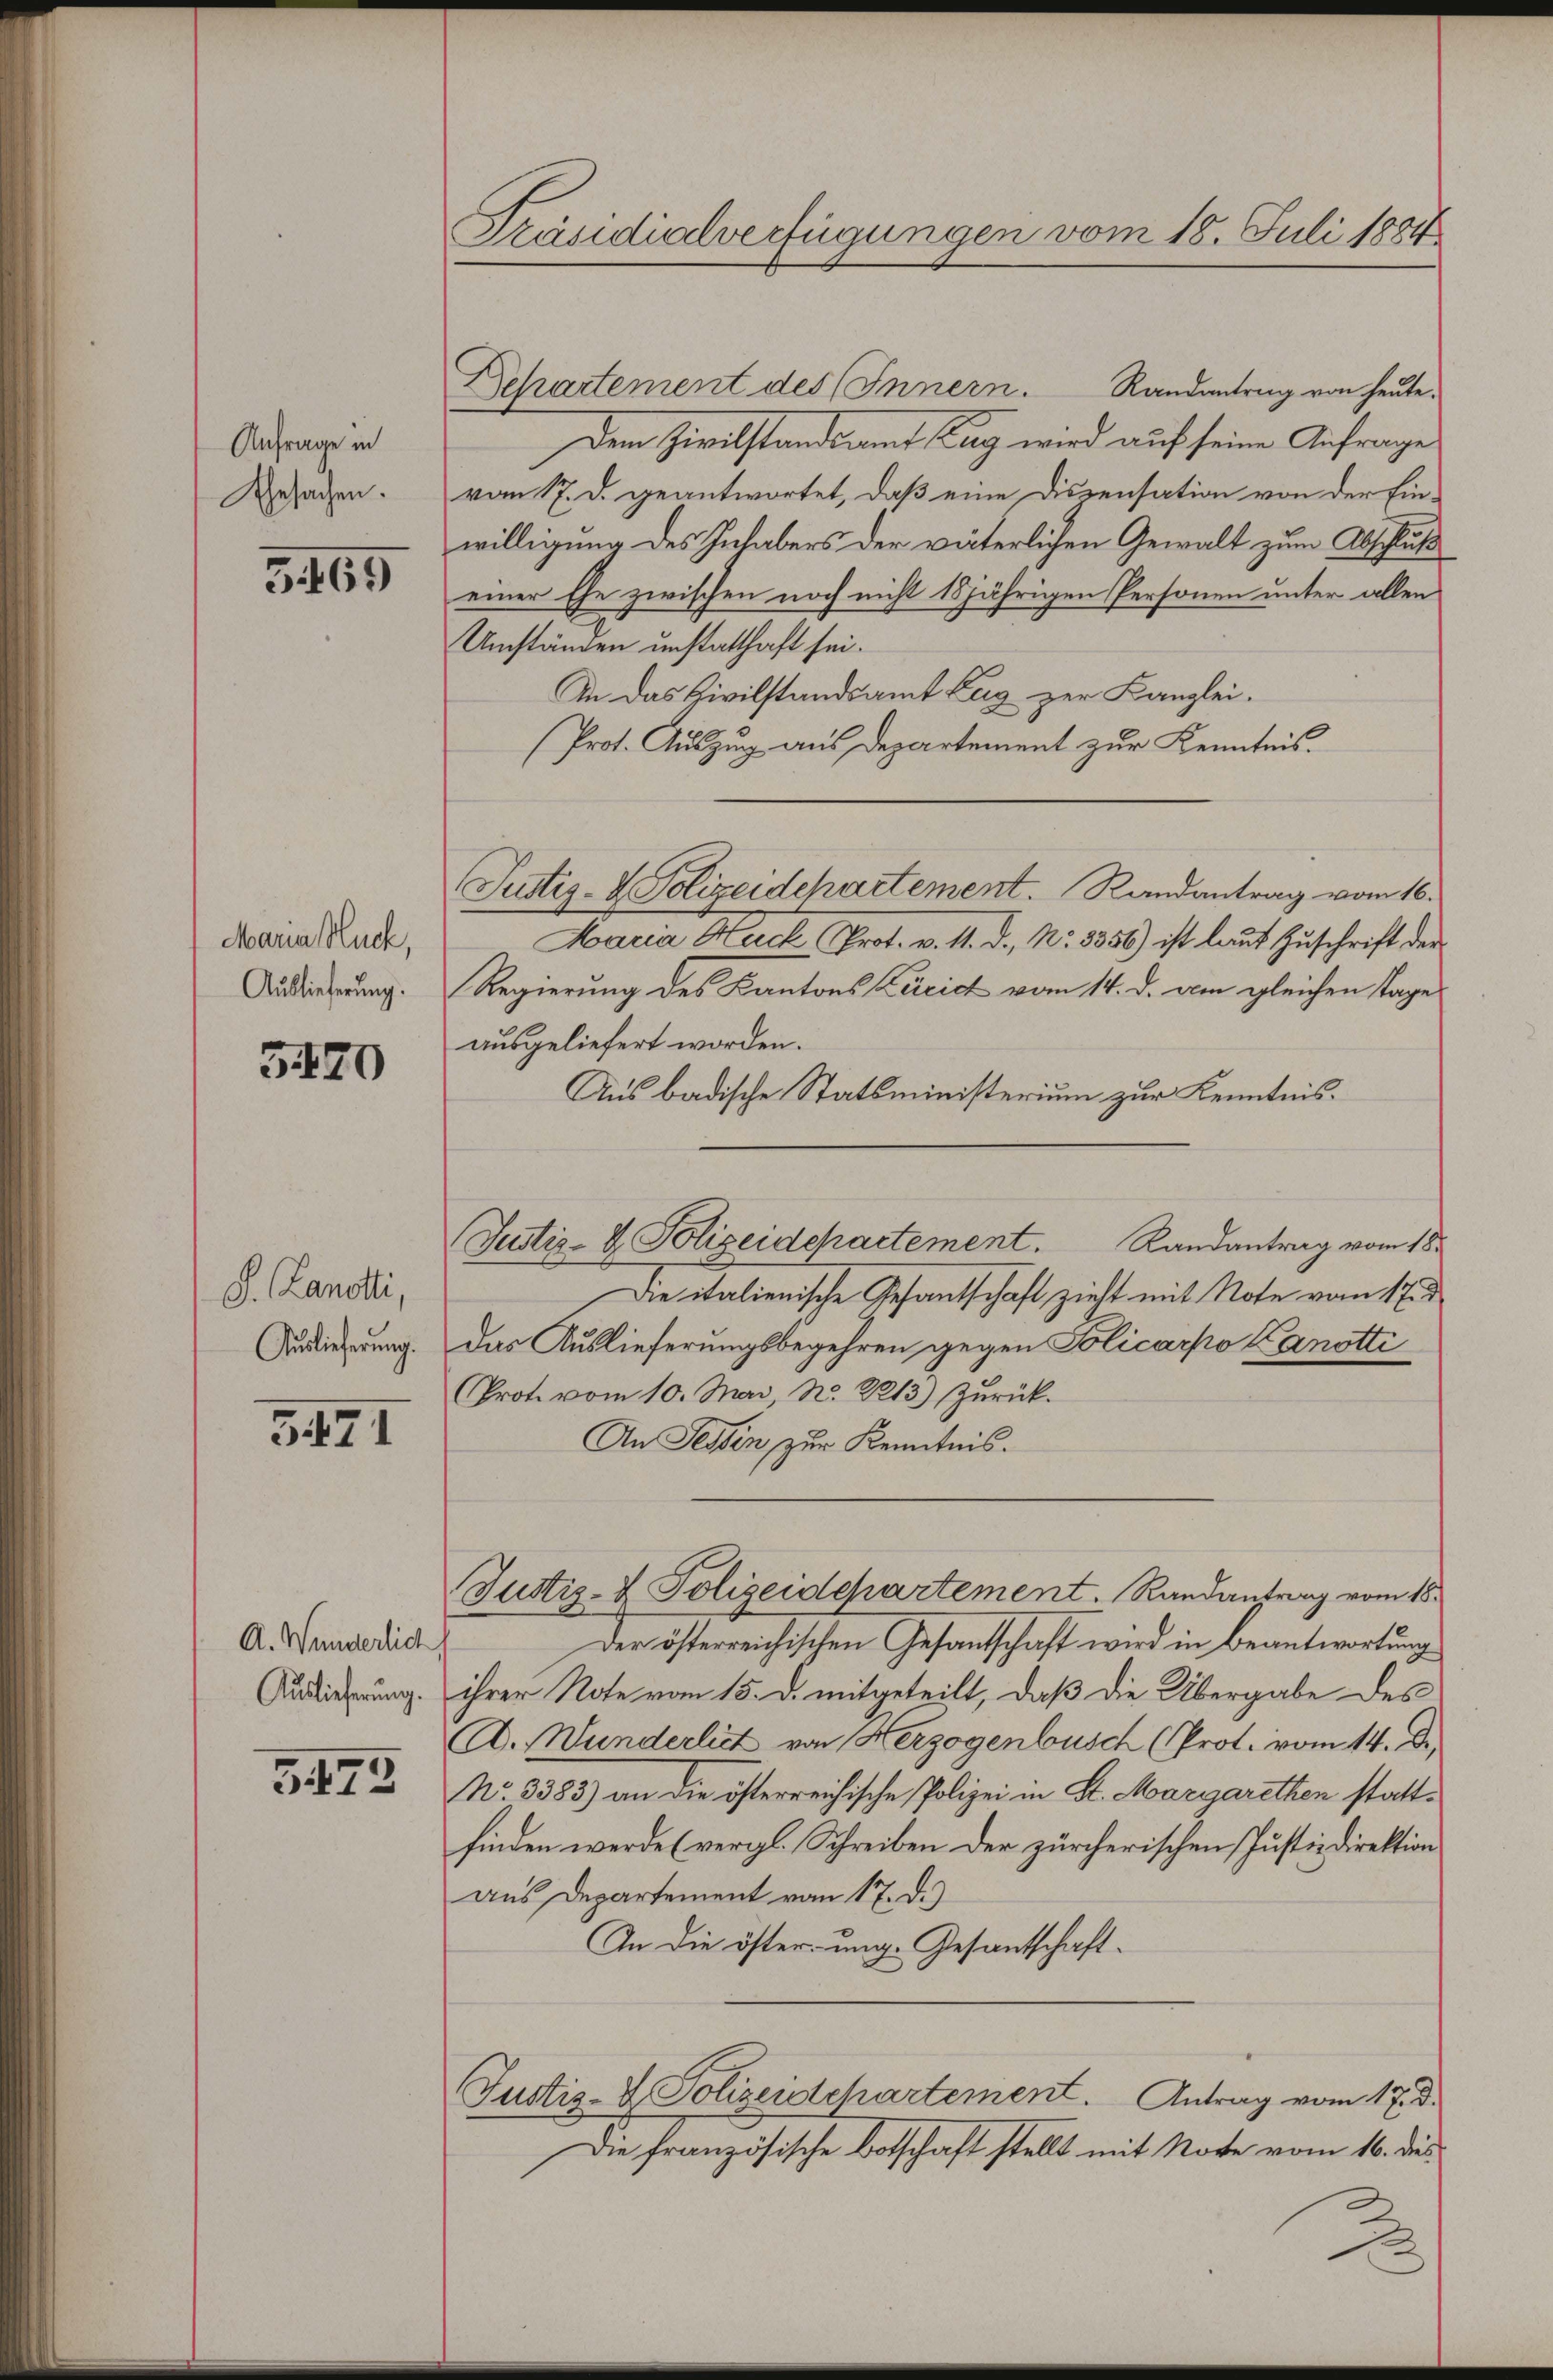
Anfrage in
Ehesachen.

3469

Maria Huck,
Auslieferung.

3420

S. Landtli,
Auslieferung.

3471

A. Wunderlich
Auslieferung.

375

Präsidialverfügungen vom 18. Juli 1884.

Randantrag von heute.
Behartement des Innern.
Dem Zivilstandsamt Tag wird auf seine Anfrage
vom 17. d. geantwortet, daß eine Diszensation von der Einwilligung des Inhabers der väterlichen Gewalt zum Abschluß
einer Ehe zwischen noch nicht 18jährigen Personen unter allen
Umständen unstatthaft sei.
In das Civilstandsamt Zug zur Kanzlei.
Prot. Auszug aus Departement zur Kenntnis.
Justiz- & Polizeidchartement. Randantrag vom 16.
Maria Huch Prot. v. 11. d., Nr. 3356) ist laut Zuschrift der
Regierung des Kantons Zürich vom 14. d. am gleichen Tage
ausgeliefert worden.
Aus badische Statsministerium zur Kenntnis.
Randantrag vom 18.
Die italienische Gesantschaft zieht mit Note vom 17. d
das Auslieferungsbegehren gegen Policarpo Kanotti
Prote vom 10. Mai, N. 2213) Zurück.
An Tessin zur Kenntnis.
Justiz- & Polizeidepartement. Randantrag vom 18.
Der österreichischen Gesantschaft wird in Beantwortung
ihrer Note vom 15. d. mitgeteilt, daß die Übergabe des
A. Wunderlich von Herzogenbusch (Prot. vom 14. De
No. 3383) an die österreichische Polizei in St. Margarethen stattfinden werde (vergl. Schreiben der zürcherischen Justizdirektion
aus Departement vom 17. d.)
An die öster ung. Gesandtschaft-
Justiz- & Polizeidepartement. Antrag vom 17. d.
Die französische Botschaft stellt mit Note vom 16. dies
2

Justiz- & Polizeidepartement.